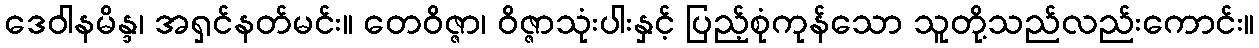
ဒေဝါနမိန္ဒ၊ အရှင်နတ်မင်း။ တေဝိဇ္ဇာ၊ ဝိဇ္ဇာသုံးပါးနှင့် ပြည့်စုံကုန်သော သူတို့သည်လည်းကောင်း။